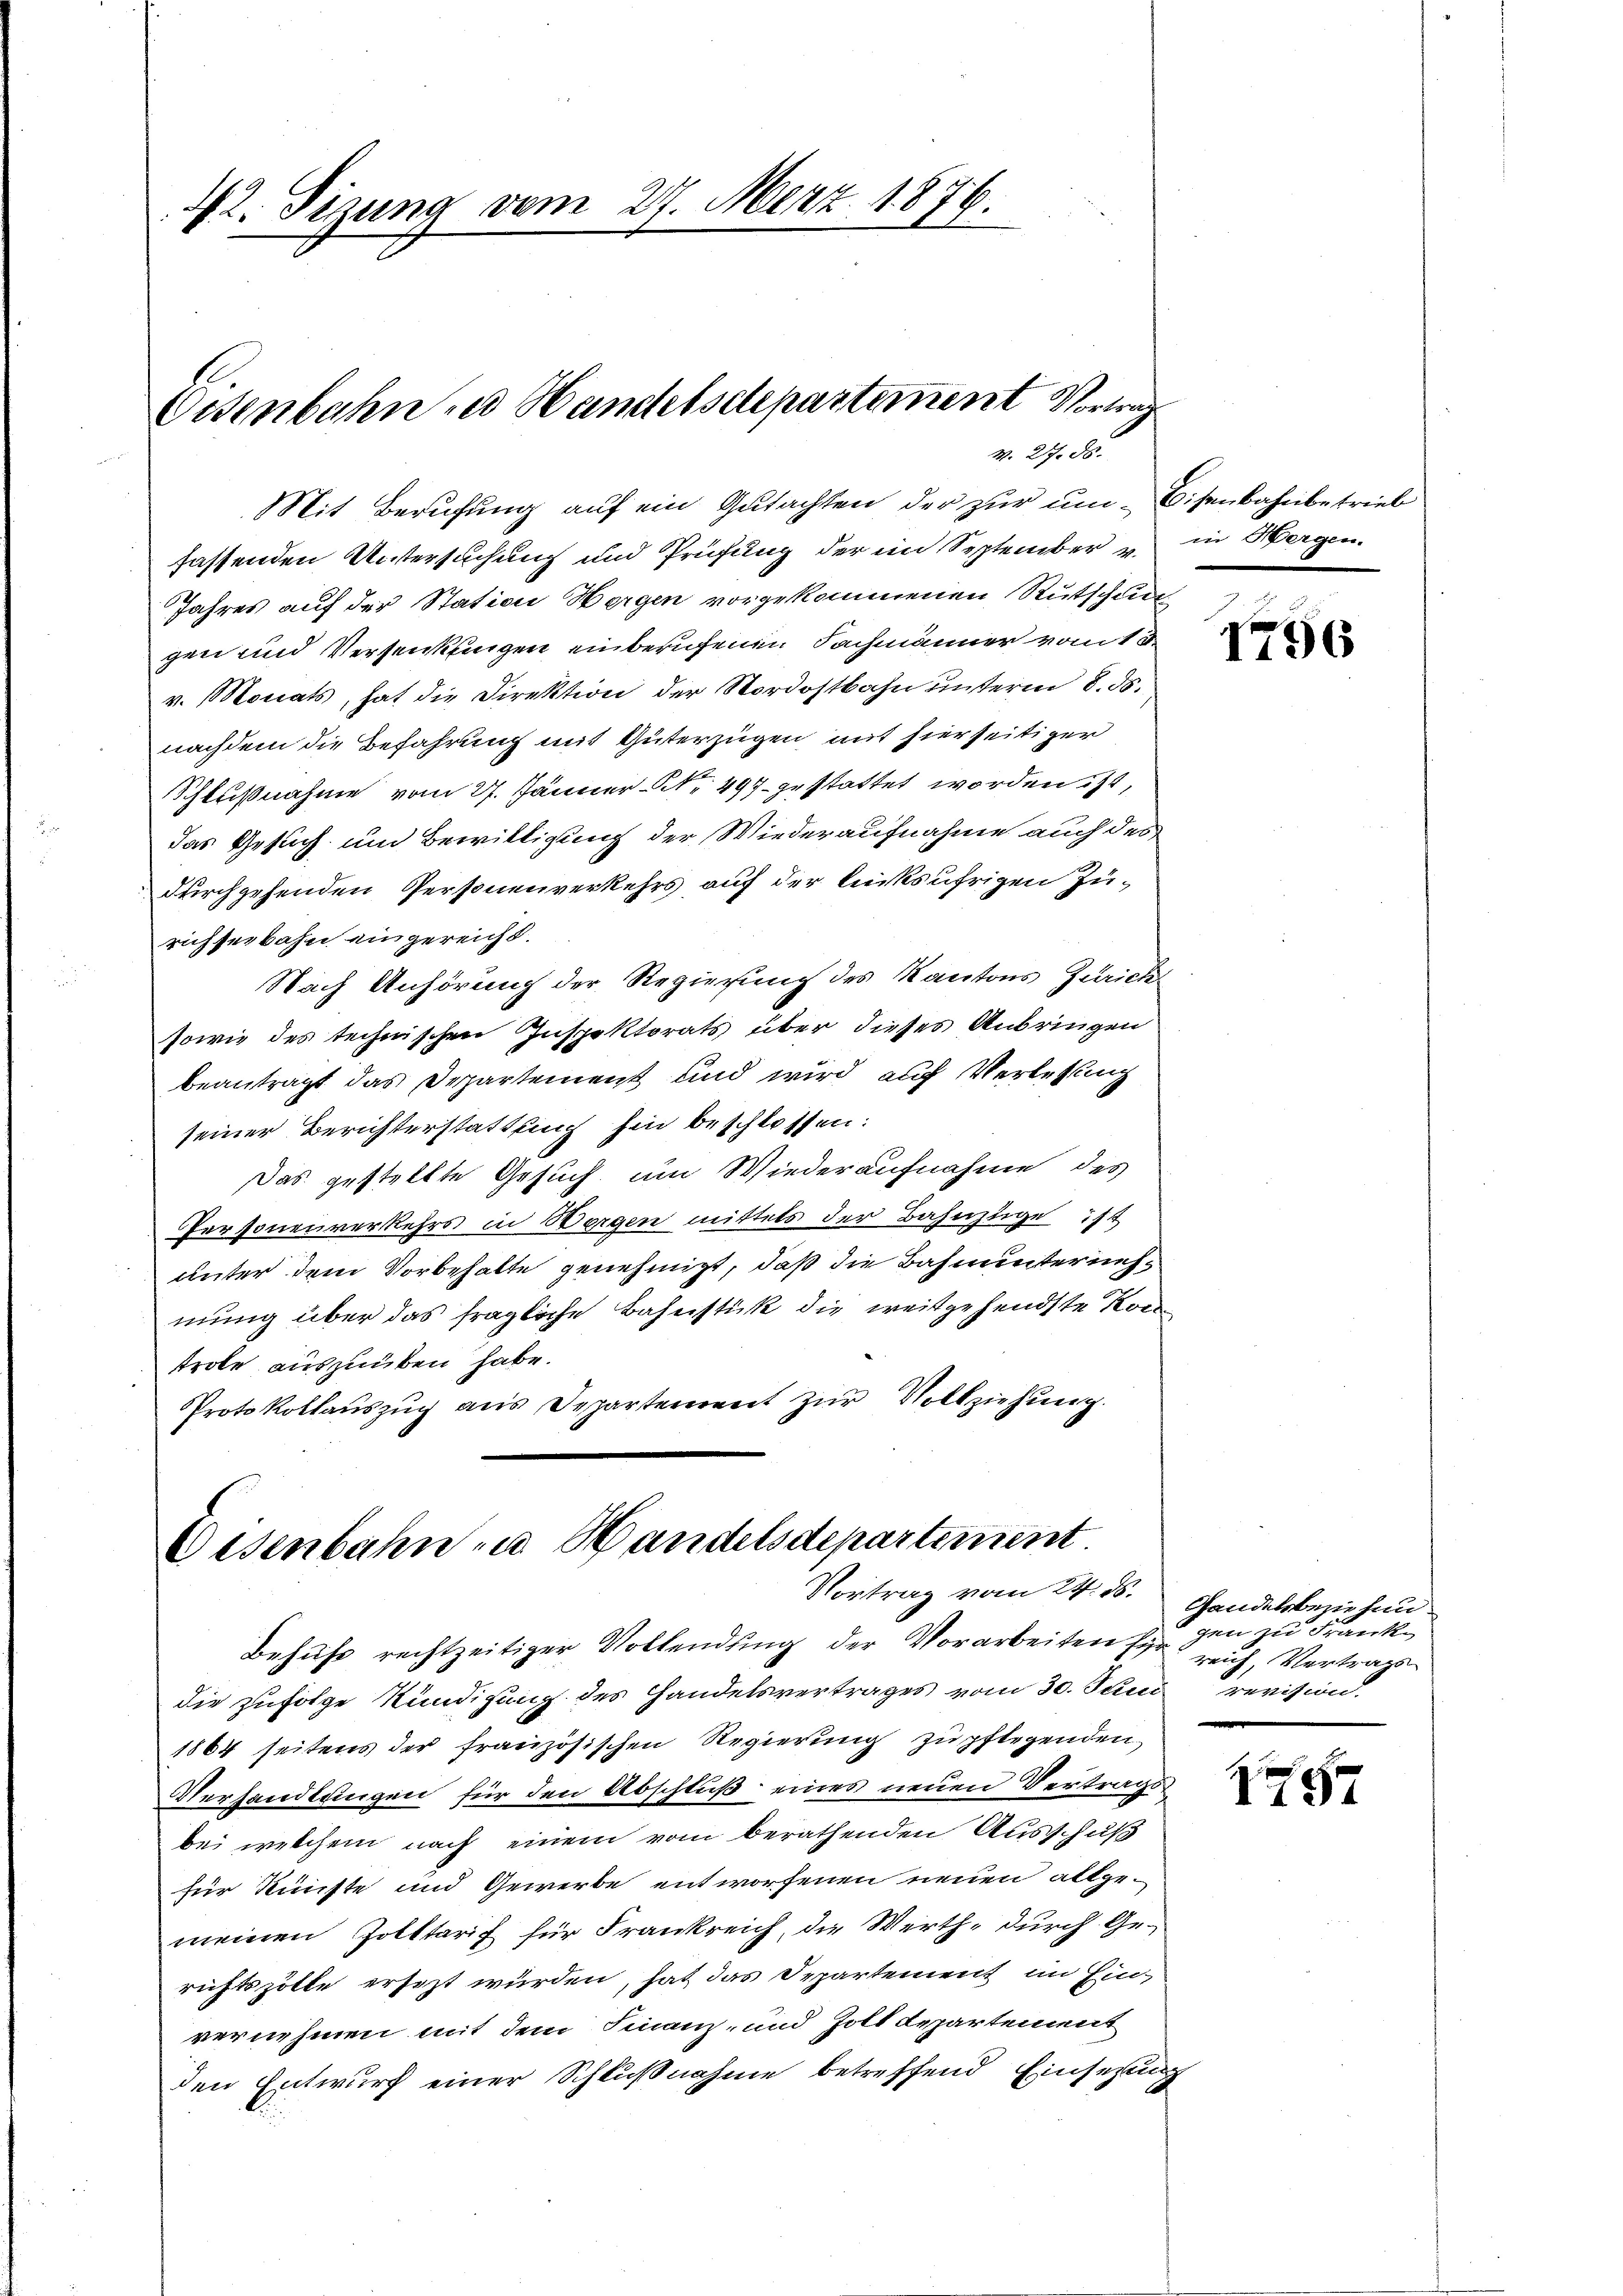
42. Sizung vom 27. März 1876.

Eisenbahn zu Handelsdepartement Vortrag
M. 27. ds.

Jahres auf der Station Hergen vorgekommenen Rutschun
gen und Versenkungen einberufenen Fachmänner vom 13.
v. Monats, hat die Direktion der Nordostbahn unterm 8. ds.
nachdem die Befahrung mit Güterzügen mit hierseitiger
Schlußnahme vom 27. Jänner Nr. 497 gestattet worden ist,
das Gesuch um Bewilligung der Wiederaufnahme auch des
durchgehenden Personenverkehrs auf der linksufrigen Zurichseebahn eingereicht.
Nach Anhörung der Regierung des Kantons Zürich
sowie des technischen Inspektorats über dieses Anbringen
beantragt das Departement und wird auf Verlesung
seiner Berichterstattung hin beschlossen:
Das gestellte Gesuch um Wiederaufnahme des
Personenverkehrs in Wergen mittels der Bahnzüge ist
unter dem Vorbehalte genehmigt, daß die Bahnunternehmung über das fragliche Bahnstück die weitgehendste Kontrole auszuüben habe.
Protokollauszug aus Departement zur Vollziehung.

Mit Berufung auf ein Gutachten der zur um Bisenbahnbetrieb
fassenden Untersuchung und Prüfung der im September u. in Wergen.

Eisenbahn zu Handelsdepartement
Vortrag vom 24. ds.
Behufs rechtzeitiger Vollendung der Vorarbeiten zu den zu Frank

die zufolge Kündigung des Handelsvertrages vom 30. Juni revision.
1864 seitens der französischen Regierung zu pflegenden
Verhandlungen für den Abschluß eines neuen Vertrags
bei welchem nach einem vom berathenden Ausschuß
für Künste und Gewerbe entworfenen neuen allge-
meinen Zotttarif für Frankreich, die Werth, durch Gerichtszölle ersezt würden, hat das Departement im Ein-
vernehmen mit dem Finanz- und Zolldepartement
den Entwurf einer Schlußnahme betreffend Einsetzung

1756

Gandelsbeziehunreich, Vertrags